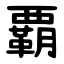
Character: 覇